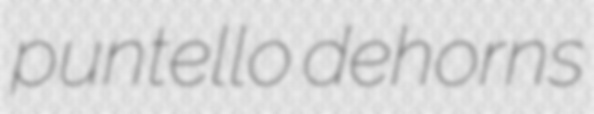
puntello dehorns